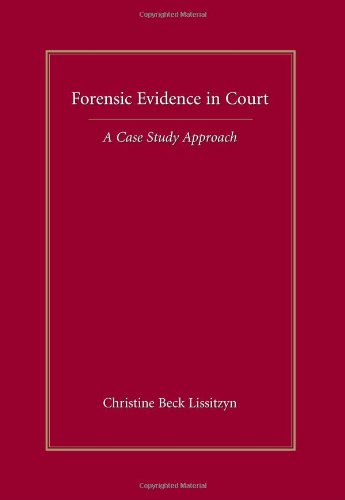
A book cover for Forensic Evidence in Court: A Case Study Approach; Christine Lissitzyn; Law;